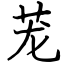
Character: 茏